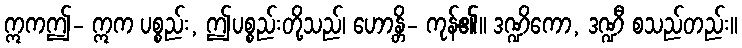
ဣကဤ- ဣက ပစ္စည်း, ဤပစ္စည်းတို့သည်၊ ဟောန္တိ- ကုန်၏။ ဒဏ္ဍိကော, ဒဏ္ဍီ စသည်တည်း။